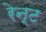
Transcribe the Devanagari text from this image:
रेन्ट